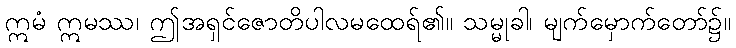
ဣမံ ဣမဿ၊ ဤအရှင်ဇောတိပါလမထေရ်၏။ သမ္မုခါ၊ မျက်မှောက်တော်၌။